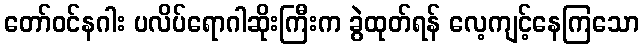
တော်ဝင်နဂါး ပလိပ်ရောဂါဆိုးကြီးက ခွဲထုတ်ရန် လေ့ကျင့်နေကြသော